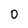
Character: 0